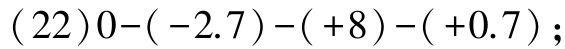
\((22)0-(-2.7)-(+8)-(+0.7)\)；